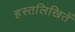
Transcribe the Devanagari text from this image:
हस्तलिखितें